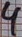
Text: 4